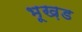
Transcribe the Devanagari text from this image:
भूख़ड